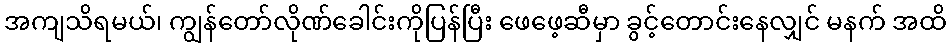
အကျသိရမယ်၊ ကျွန်တော်လိုဏ်ခေါင်းကိုပြန်ပြီး ဖေဖေ့ဆီမှာ ခွင့်တောင်းနေလျှင် မနက် အထိ